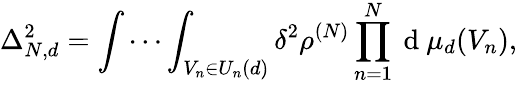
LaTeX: \Delta_{N,d}^{2}=\idotsint_{V_{n}\in U_{n}(d)}\delta^{2}\rho^{(N)}\prod_{n=1}^{N}\mathrm{~d~}\mu_{d}(V_{n}),